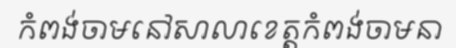
កំពង់ចាមនៅសាលាខេត្តកំពង់ចាមនា